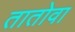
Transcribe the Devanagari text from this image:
तातोवा